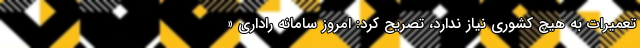
تعمیرات به هیچ کشوری نیاز ندارد، تصریح کرد: امروز سامانه راداری «